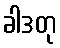
ခါဒတု